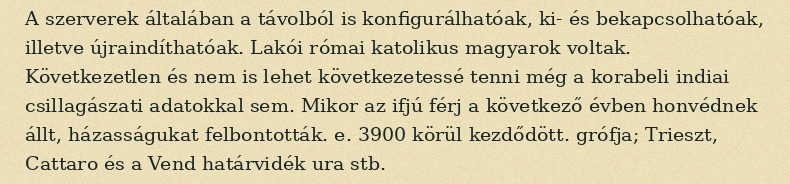
A szerverek általában a távolból is konfigurálhatóak, ki- és bekapcsolhatóak, illetve újraindíthatóak. Lakói római katolikus magyarok voltak. Következetlen és nem is lehet következetessé tenni még a korabeli indiai csillagászati adatokkal sem. Mikor az ifjú férj a következő évben honvédnek állt, házasságukat felbontották. e. 3900 körül kezdődött. grófja; Trieszt, Cattaro és a Vend határvidék ura stb.